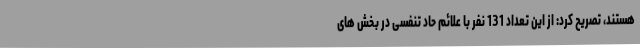
هستند، تصریح کرد: از این تعداد 131 نفر با علائم حاد تنفسی در بخش های